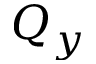
Q _ { y }